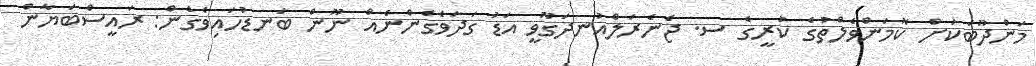
މަންދޫބަކަށް ކޮމަންވެލްތުގެ ކުރީގެ ސ. ޖެނެރަލްއުނދަގޫވީ އަޑު ގަދަވެގެންނެއް ނޫން ބަނޑުހައިވެގެން: ރައީސްބަޔާން